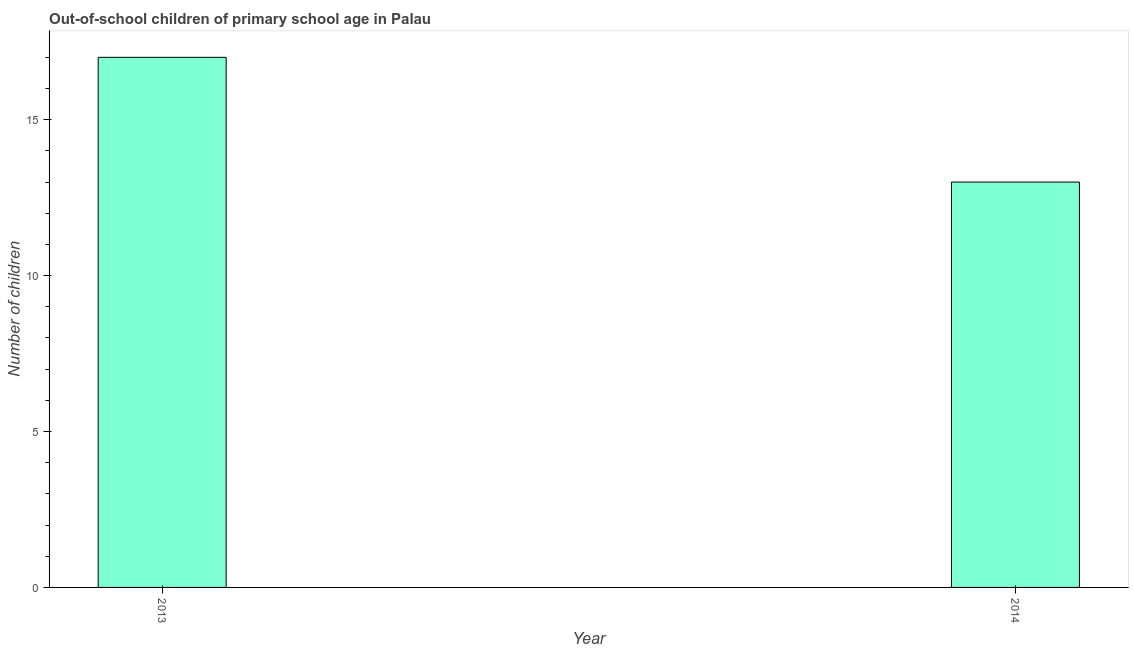
| Year | Out-of-school children of primary school age |
 | --- | --- |
 | 2013 | 17 |
 | 2014 | 13 |